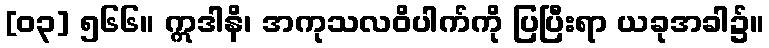
[၀၃] ၅၆၆။ ဣဒါနိ၊ အကုသလဝိပါက်ကို ပြပြီးရာ ယခုအခါ၌။